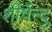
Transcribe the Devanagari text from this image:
शीर्षेन्दु